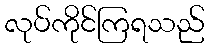
လုပ်ကိုင်ကြရသည်